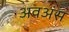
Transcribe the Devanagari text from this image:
अवअंस